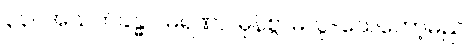
၃၃။ အသက်ခန္ဓာ၊ မရဏာ၊ မှန်စွာမလွဲ-သေတော့မည်။